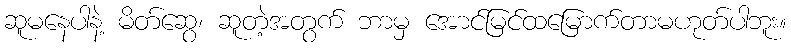
ဆူမနေပါနဲ့ မိတ်ဆွေ၊ ဆူတဲ့အတွက် ဘာမှ အောင်မြင်ထမြောက်တာမဟုတ်ပါဘူး။